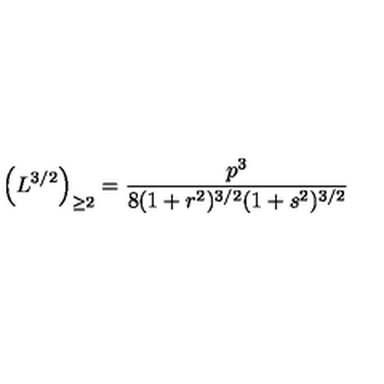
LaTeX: \left( L ^ { { 3 } / { 2 } } \right) _ { \geq 2 } = \frac { p ^ { 3 } } { 8 ( 1 + r ^ { 2 } ) ^ { 3 / 2 } ( 1 + s ^ { 2 } ) ^ { 3 / 2 } }